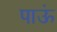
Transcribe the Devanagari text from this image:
पाऊं